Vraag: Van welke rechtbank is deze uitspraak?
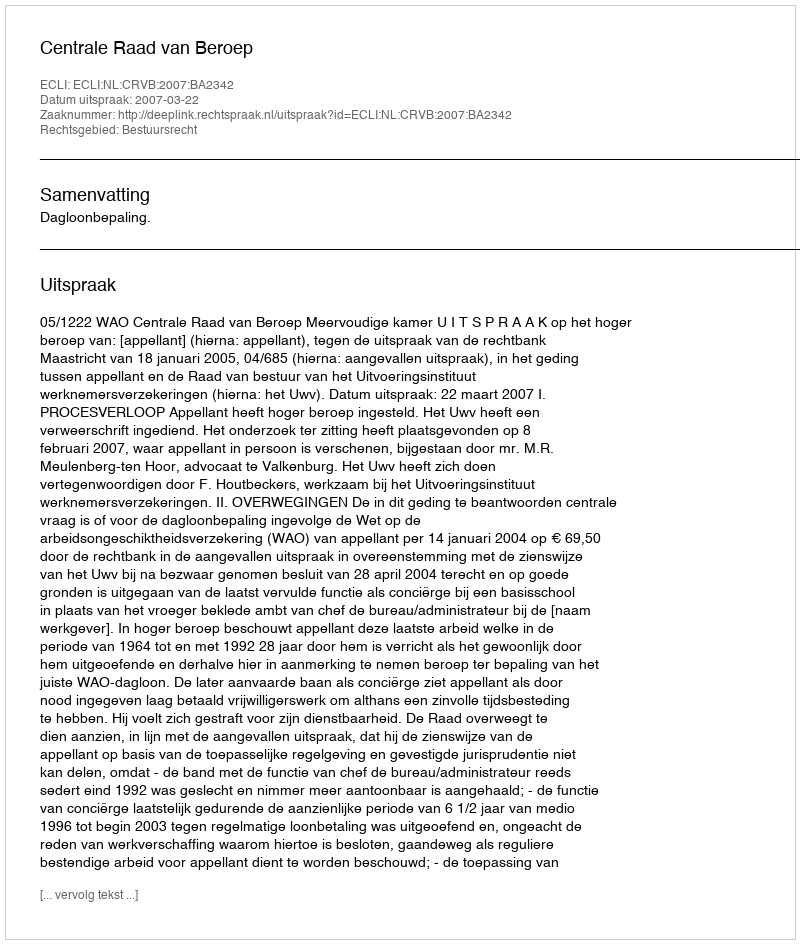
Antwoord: Centrale Raad van Beroep